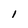
Character: l